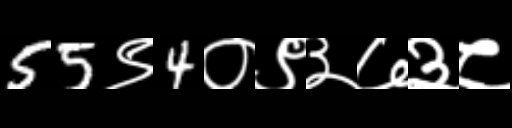
Text: 55९4०९३७३८